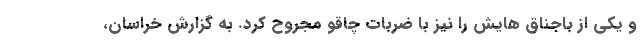
و یکی از باجناق هایش را نیز با ضربات چاقو مجروح کرد. به گزارش خراسان،